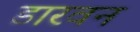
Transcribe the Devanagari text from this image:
डारवन